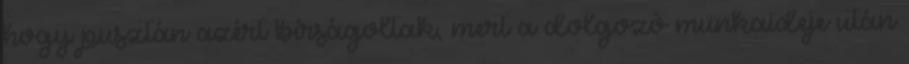
hogy pusztán azért bírságoltak, mert a dolgozó munkaideje után